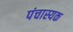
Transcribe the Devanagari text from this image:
पंचास्यक